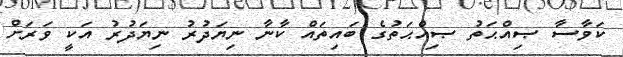
ކަވާސާ ޞިއްޙަތު ޞިއްޙަތުގެ ބައިތައް ކާނާ ނިޔަދުރު ނިޔަދުރު އަކީ ވަރަށް